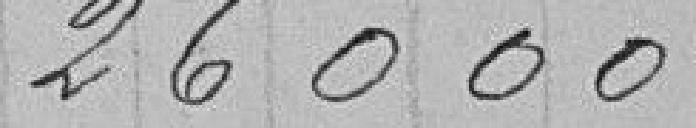
26000